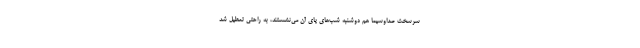
سرسخت صداوسیما هم دوشنبه شب‌های پای آن می‌نشستند، به راحتی تعطیل شد